Vaccine operations Central Provinces 1868-1885 - 1868-1885
Year: 1868
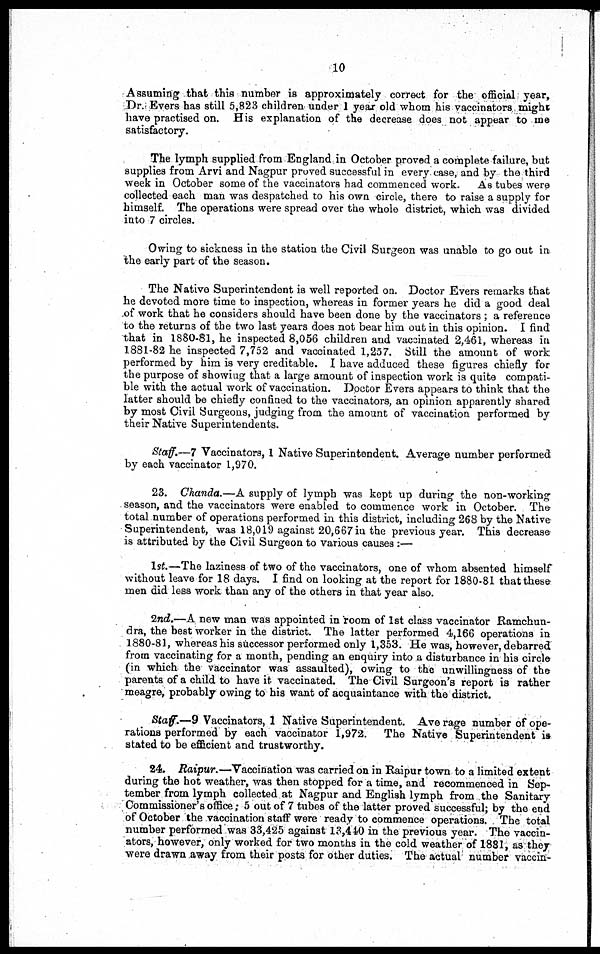
10
Assuming that this number is approximately correct for the official year,
Dr. Evers has still 5,823 children under 1 year old whom his vaccinators might
have practised on. His explanation of the decrease does not appear to me
satisfactory.
The lymph supplied from England in October proved a complete failure, but
supplies from Arvi and Nagpur proved successful in every case, and by the third
week in October some of the vaccinators had commenced work. As tubes were
collected each man was despatched to his own circle, there to raise a supply for
himself. The operations were spread over the whole district, which was divided
into 7 circles.
Owing to sickness in the station the Civil Surgeon was unable to go out in
the early part of the season.
The Native Superintendent is well reported on. Doctor Evers remarks that
he devoted more time to inspection, whereas in former years he did a good deal
of work that he considers should have been done by the vaccinators ; a reference
to the returns of the two last years does not bear him out in this opinion. I find
that in 1880-81, he inspected 8,056 children and vaccinated 2,461, whereas in
1881-82 he inspected 7,752 and vaccinated 1,257. Still the amount of work
performed by him is very creditable. I have adduced these figures chiefly for
the purpose of showing that a large amount of inspection work is quite compati-
ble with the actual work of vaccination. Doctor Evers appears to think that the
latter should be chiefly confined to the vaccinators, an opinion apparently shared
by most Civil Surgeons, judging from the amount of vaccination performed by
their Native Superintendents.
Staff.—7 Vaccinators, 1 Native Superintendent. Average number performed
by each vaccinator 1,970.
23. Chanda.—A supply of lymph was kept up during the non-working
season, and the vaccinators were enabled to commence work in October. The
total number of operations performed in this district, including 268 by the Native
Superintendent, was 18,019 against 20,667 in the previous year. This decrease
is attributed by the Civil Surgeon to various causes :—
1st.— The laziness of two of the vaccinators, one of whom absented himself
without leave for 18 days. I find on looking at the report for 1880-81 that these
men did less work than any of the others in that year also.
2nd.—A new man was appointed in room of 1st class vaccinator Ramchun-
dra, the best worker in the district. The latter performed 4,166 operations in
1880-81, whereas his successor performed only 1,353. He was, however, debarred
from vaccinating for a month, pending an enquiry into a disturbance in his circle
(in which the vaccinator was assaulted), owing to the unwillingness of the
parents of a child to have it vaccinated. The Civil Surgeon's report is rather
meagre, probably owing to his want of acquaintance with the district.
Staff.—9 Vaccinators, 1 Native Superintendent. Average number of ope-
rations performed by each vaccinator 1,972. The Native Superintendent is
stated to be efficient and trustworthy.
24. Raipur.—Vaccination was carried on in Raipur town to a limited extent
during the hot weather, was then stopped for a time, and recommenced in Sep-
tember from lymph collected at Nagpur and English lymph from the Sanitary
Commissioner's office; 5 out of 7 tubes of the latter proved successful; by the end
of October the vaccination staff were ready to commence operations. The total
number performed was 33,425 against 13,440 in the previous year. The vaccin-
ators, however, only worked for two months in the cold weather of 1881, as they
were drawn away from their posts for other duties. The actual number vaccin-